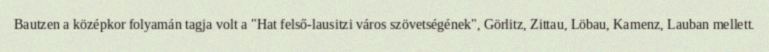
Bautzen a középkor folyamán tagja volt a "Hat felső-lausitzi város szövetségének", Görlitz, Zittau, Löbau, Kamenz, Lauban mellett.